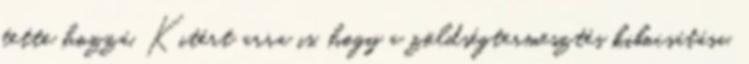
tette hozzá. Kitért arra is, hogy a zöldségtermesztés kibocsátása,